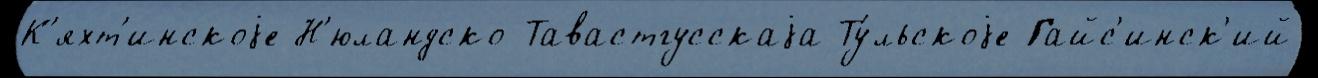
К'яхт'инскоjе Н'юландско-Тавастгусскаjа Ту́льскоjе Гайс'инск'ий